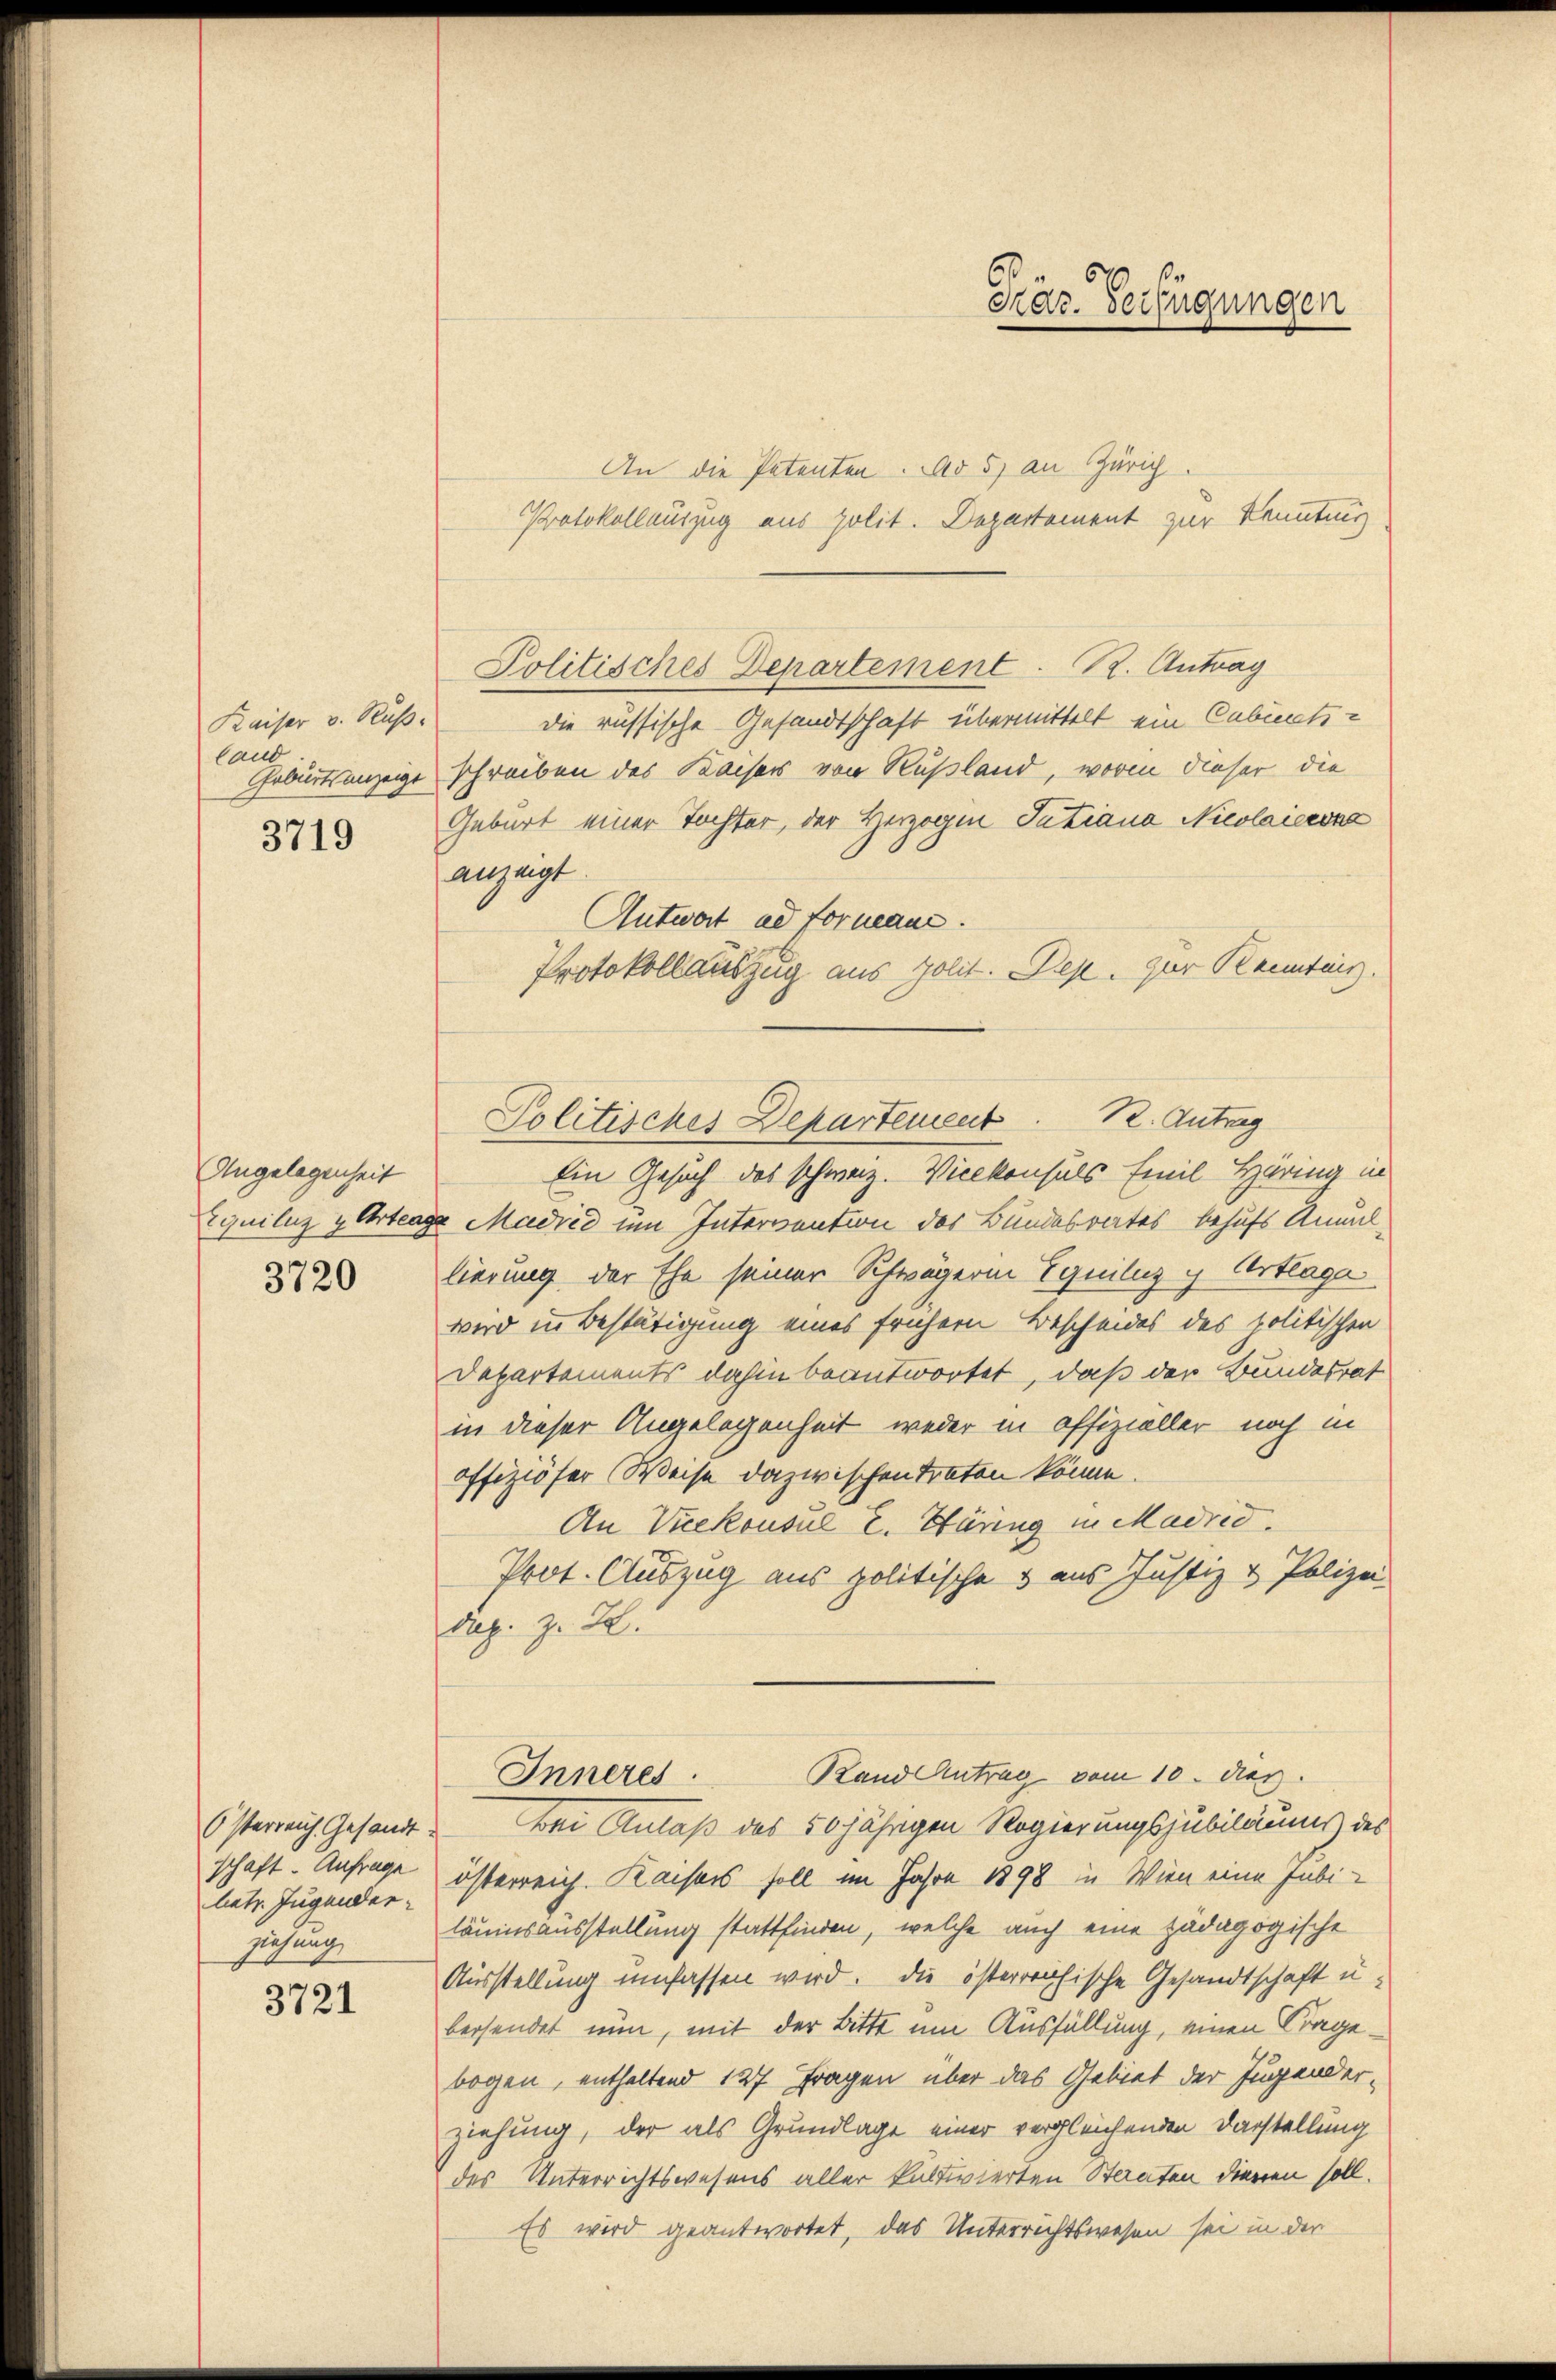
Kaiser v. Rußland
3719

Angelegenheit

3720

schaft. Anfrage
latz. Jugender
ziehung

3721

An die Petenten. No 5) an Zürich
Protokollauszug aus polit. Departement zur Kenntung
Politisches Departement. R. Antrag
die russische Gesandtschaft übermittelt ein Cabinets-
Geburtsanzeige schreiben das Kaisers von Rußland, worin dieser die
Geburt einer Tochter, der Herzogen Intiana Nicolaierna
angegt
Antwort ad forman.
Protokoll auszug aus polit. Rep. zur Kenntnis.
Ein Gesuch des schweiz. Vicekonsuls Emil Häring in
Equiliz & Ertrage Madrid um Intervention des Bundesrates behufs Annullierung der Ehe seiner Schwägerin Equiliz y Artlage
wird in Bestätigung eines frühern Bescheides des politischen
Departements dahin beantwortet, daß der Bundesrat
in dieser Angelegenheit weder in offizieller noch in
offiziöser Weise dazwischen traten könne.
An Vicekonsul E. Hüring in Madrid.
Prot. Auszug aus politische & aus Justiz & Polizei
das. z. B.
Rand Antrag vom 10. dies
Inneres.
Österreich Gesandt. Bei Anlaß des 50jährigen Regierungsjubiläums des
österreich Kaisers soll im Jahre 1898 in Wien eine Jubiläumsausstellung stattfinden, welche auch eine Zadagogische
Ausstellung umfassen wird. Die österreichische Gesandtschaft u.
bersendet nun, mit der Bitte um Ausfüllung, einen Fragebogen, enthaltend 127 Fragen über das Gebiet der Jugenderziehung, der als Grundlage einer vergleichenden Darstellung
des Unterrichtswesens aller kultivierten Staaten dienen soll.
Es wird geantwortet, das Unterrichtswesen sei in der

Prär. Verfügungen

Politisches Departement. 12. Antrag